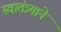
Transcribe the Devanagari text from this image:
स्वातंत्र्याने